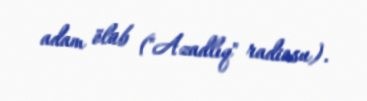
adam ölüb ("Azadlıq" radiosu).